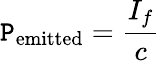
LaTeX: \mathtt{P}_{\mathrm{{emitted}}}={\frac{{I_{f}}}{{c}}}